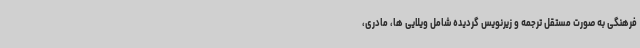
فرهنگی به صورت مستقل ترجمه و زیرنویس گردیده شامل ویلایی ها، مادری،